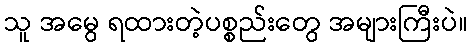
သူ အမွေ ရထားတဲ့ပစ္စည်းတွေ အများကြီးပဲ။